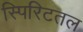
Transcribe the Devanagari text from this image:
स्पिरिटतल